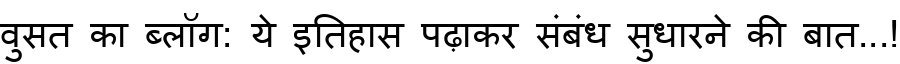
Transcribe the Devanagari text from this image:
वुसत का ब्लॉग: ये इतिहास पढ़ाकर संबंध सुधारने की बात...!